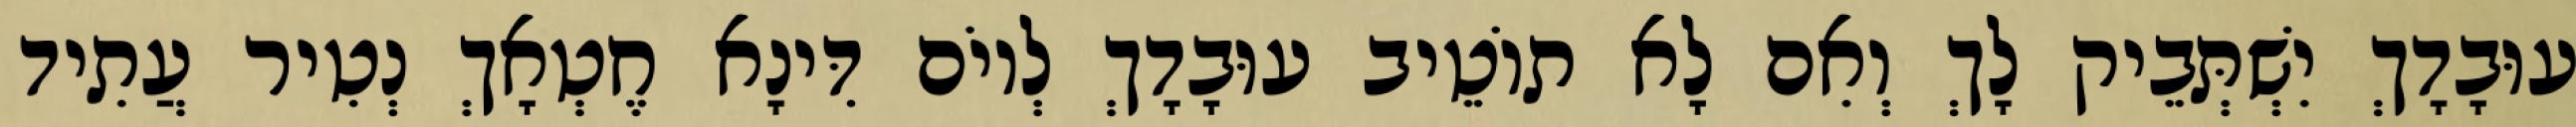
עוּבָדָךְ יִשְׁתְּבֵיק לָךְ וְאִם לָא תוֹטֵיב עוּבָדָךְ לְיוֹם דִּינָא חֶטְאָךְ נְטִיר עֲתִיד